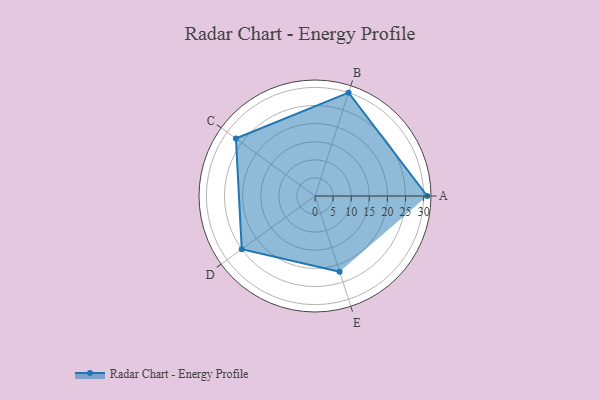
{"axis": {"x": "Skill", "y": "Score"}, "legend": ["Profile"], "data": [{"x": "A", "y": 31.0, "type": "Profile"}, {"x": "B", "y": 30.0, "type": "Profile"}, {"x": "C", "y": 27.0, "type": "Profile"}, {"x": "D", "y": 25.0, "type": "Profile"}, {"x": "E", "y": 22.0, "type": "Profile"}]}